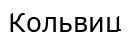
Кольвиц